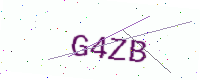
Text: G4ZB